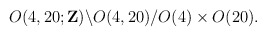
\begin{align*}O(4,20;{\bf Z}) \backslash O(4,20) / O(4) \times O(20).\end{align*}